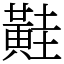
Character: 黊